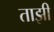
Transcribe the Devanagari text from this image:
ताझी